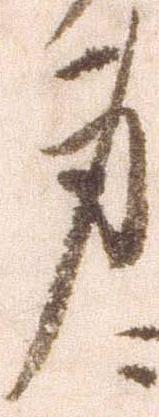
身